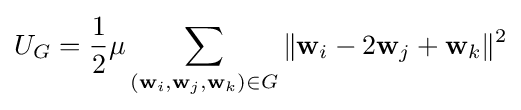
U_{G}={\frac {1}{2}}\mu \sum _{({\bf {w}}_{i},{\bf {w}}_{j},{\bf {w}}_{k})\in G}\|{\bf {w}}_{i}-2{\bf {w}}_{j}+{\bf {w}}_{k}\|^{2}